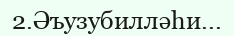
2.Әъузубилләһи...